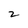
Character: 2